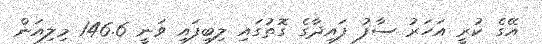
އޭގެ ކުރީ އަހަރު ސާފު ފައިދާގެ ގޮތުގައި ލިބިފައި ވަނީ 146.6 މިލިއަން